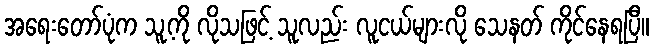
အရေးတော်ပုံက သူ့ကို လိုသဖြင့် သူလည်း လူငယ်များလို သေနတ် ကိုင်နေရပြီ။